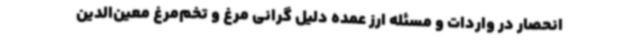
انحصار در واردات و مسئله ارز عمده دلیل گرانی مرغ و تخم‌مرغ معین‌الدین